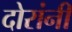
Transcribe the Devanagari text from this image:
दोरांनी